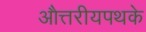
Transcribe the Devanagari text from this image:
औत्तरीयपथके